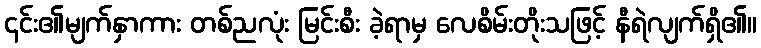
၎င်း၏မျက်နှာကား တစ်ညလုံး မြင်းစီး ခဲ့ရာမှ လေစိမ်းတိုးသဖြင့် နီရဲလျက်ရှိ၏။